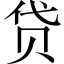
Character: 贷